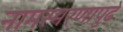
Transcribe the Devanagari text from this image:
नामस्मरणापुढे